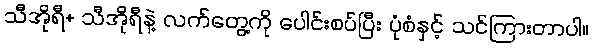
သီအိုရီ+ သီအိုရီနဲ့ လက်တွေ့ကို ပေါင်းစပ်ပြီး ပုံစံနှင့် သင်ကြားတာပါ။